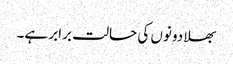
بھلا دونوں کی حالت برابر ہے۔